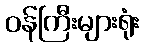
ဝန်ကြီးများရုံး